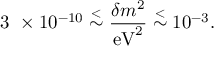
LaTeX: \mathrm { 3 } \ \times 1 0 ^ { - 1 0 } \stackrel { < } { \sim } \frac { \delta m ^ { 2 } } { \mathrm { e V } ^ { 2 } } \stackrel { < } { \sim } 1 0 ^ { - 3 } .